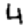
Digit: 4